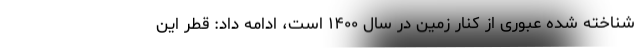
شناخته شده عبوری از کنار زمین در سال ۱۴۰۰ است، ادامه داد: قطر این